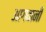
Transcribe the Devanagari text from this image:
आगवानी